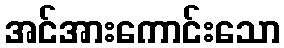
အင်အားကောင်းသော